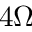
4 \Omega